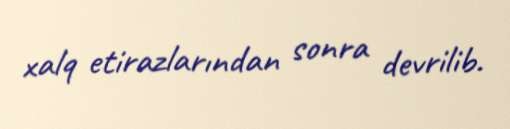
xalq etirazlarından sonra devrilib.